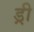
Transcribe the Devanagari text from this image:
ड्री